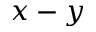
x - y